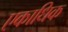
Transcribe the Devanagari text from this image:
एकाधिक